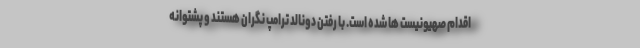
اقدام صهیونیست ها شده است. با رفتن دونالد ترامپ نگران هستند و پشتوانه